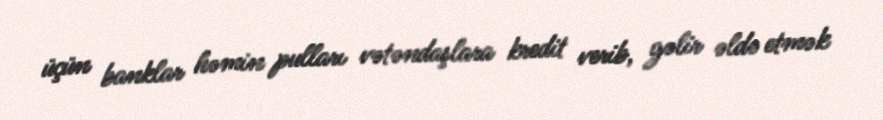
üçün banklar həmin pulları vətəndaşlara kredit verib, gəlir əldə etmək